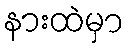
နားထဲမှာ